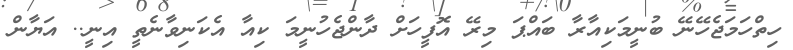
ހިތްހަމަޖެހޭނޭ ބުނީމަކިއާރާ ބައްޕަ މިރޭ އޮފީހަށް ދާންޖެހުނީމަ ކިއާ އެކަނިވާނެތީ އިނީ.. އަޔާން